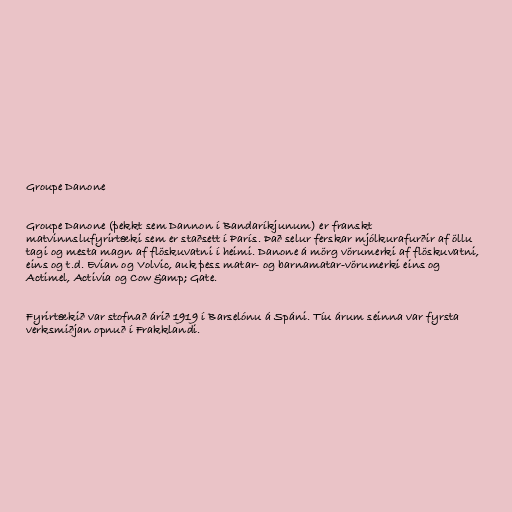
Groupe Danone

Groupe Danone (þekkt sem Dannon í Bandaríkjunum) er franskt
matvinnslufyrirtæki sem er staðsett í París. Það selur ferskar mjólkurafurðir af öllu
tagi og mesta magn af flöskuvatni í heimi. Danone á mörg vörumerki af flöskuvatni,
eins og t.d. Evian og Volvic, auk þess matar- og barnamatar-vörumerki eins og
Actimel, Activia og Cow &amp; Gate.

Fyrirtækið var stofnað árið 1919 í Barselónu á Spáni. Tíu árum seinna var fyrsta
verksmiðjan opnuð í Frakklandi.